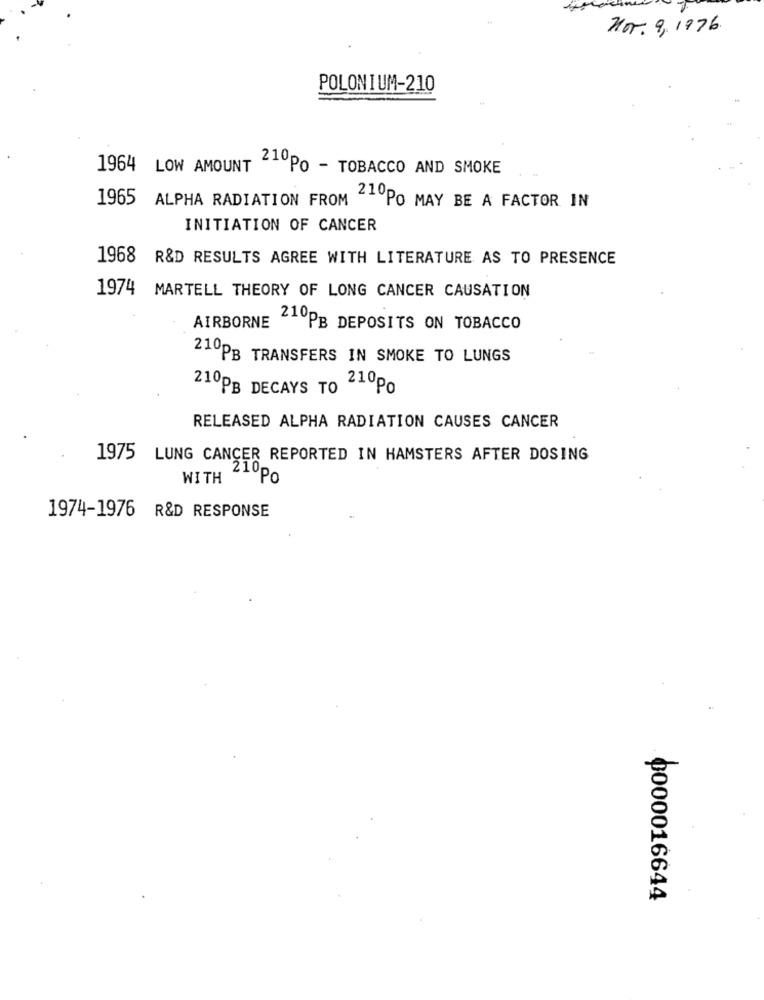
Nor. 9, 1976.
POLONIUM-210
1964
LOW AMOUNT
210PO - TOBACCO AND SMOKE
1965 ALPHA RADIATION FROM
210PO MAY BE A FACTOR IN
INITIATION OF CANCER
1968 R&D RESULTS AGREE WITH LITERATURE AS TO PRESENCE
1974 MARTELL THEORY OF LONG CANCER CAUSATION
AIRBORNE 210PB DEPOSITS ON TOBACCO
210PB TRANSFERS IN SMOKE TO LUNGS
210PB DECAYS TO 210po
RELEASED ALPHA RADIATION CAUSES CANCER
1975
LUNG CANCER REPORTED IN HAMSTERS AFTER DOSING
WITH
210po
1974-1976 R&D RESPONSE
0000016644